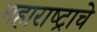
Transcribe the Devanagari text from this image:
महाराष्‍ट्राचे